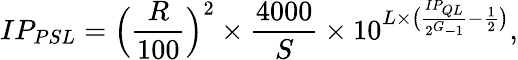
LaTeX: IP_{PSL}=\Big(\frac{R}{100}\Big)^{2}\times\frac{4000}{S}\times 10^{L\times\big(\frac{IP_{QL}}{2^{G}-1}-\frac{1}{2}\big)},